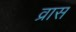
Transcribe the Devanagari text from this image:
व्रास